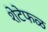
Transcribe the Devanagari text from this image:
शेटेफळ